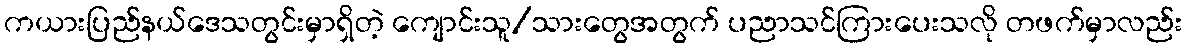
ကယားပြည်နယ်ဒေသတွင်းမှာရှိတဲ့ ကျောင်းသူ/သားတွေအတွက် ပညာသင်ကြားပေးသလို တဖက်မှာလည်း